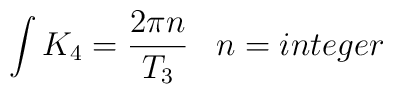
\int K_4={2\pi n\over T_3}\,\,\,\,\,n=integer